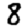
Digit: 8